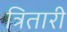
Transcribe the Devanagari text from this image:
त्रितारी